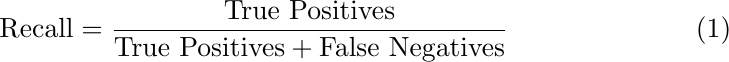
\begin{equation}
\text{Recall} = \frac{\text{True Positives}}{\text{True Positives} + \text{False Negatives}}
\end{equation}